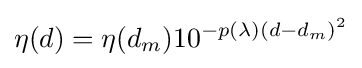
\eta \,\!(d)=\eta \,\!(d_{m})10^{-p(\lambda \,\!)(d-d_{m})^{2}}